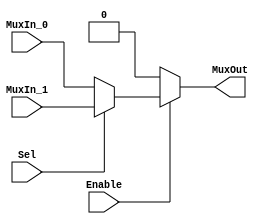
/******************************************************************************
 ** Logisim goes FPGA automatic generated Verilog code                       **
 **                                                                          **
 ** Component : Multiplexer_2                                                **
 **                                                                          **
 ******************************************************************************/

module Multiplexer_2( Enable,
                      MuxIn_0,
                      MuxIn_1,
                      Sel,
                      MuxOut);

   /***************************************************************************
    ** Here the inputs are defined                                           **
    ***************************************************************************/
   input  Enable;
   input  MuxIn_0;
   input  MuxIn_1;
   input  Sel;

   /***************************************************************************
    ** Here the outputs are defined                                          **
    ***************************************************************************/
   output MuxOut;

   /***************************************************************************
    ** Here the internal registers are defined                               **
    ***************************************************************************/
   reg s_selected_vector;

   assign MuxOut = s_selected_vector;

   always @(*)
   begin
      if (~Enable) s_selected_vector <= 0;
      else case (Sel)
         1'b0:
            s_selected_vector <= MuxIn_0;
         default:
            s_selected_vector <= MuxIn_1;
      endcase
   end

endmodule